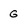
Character: G